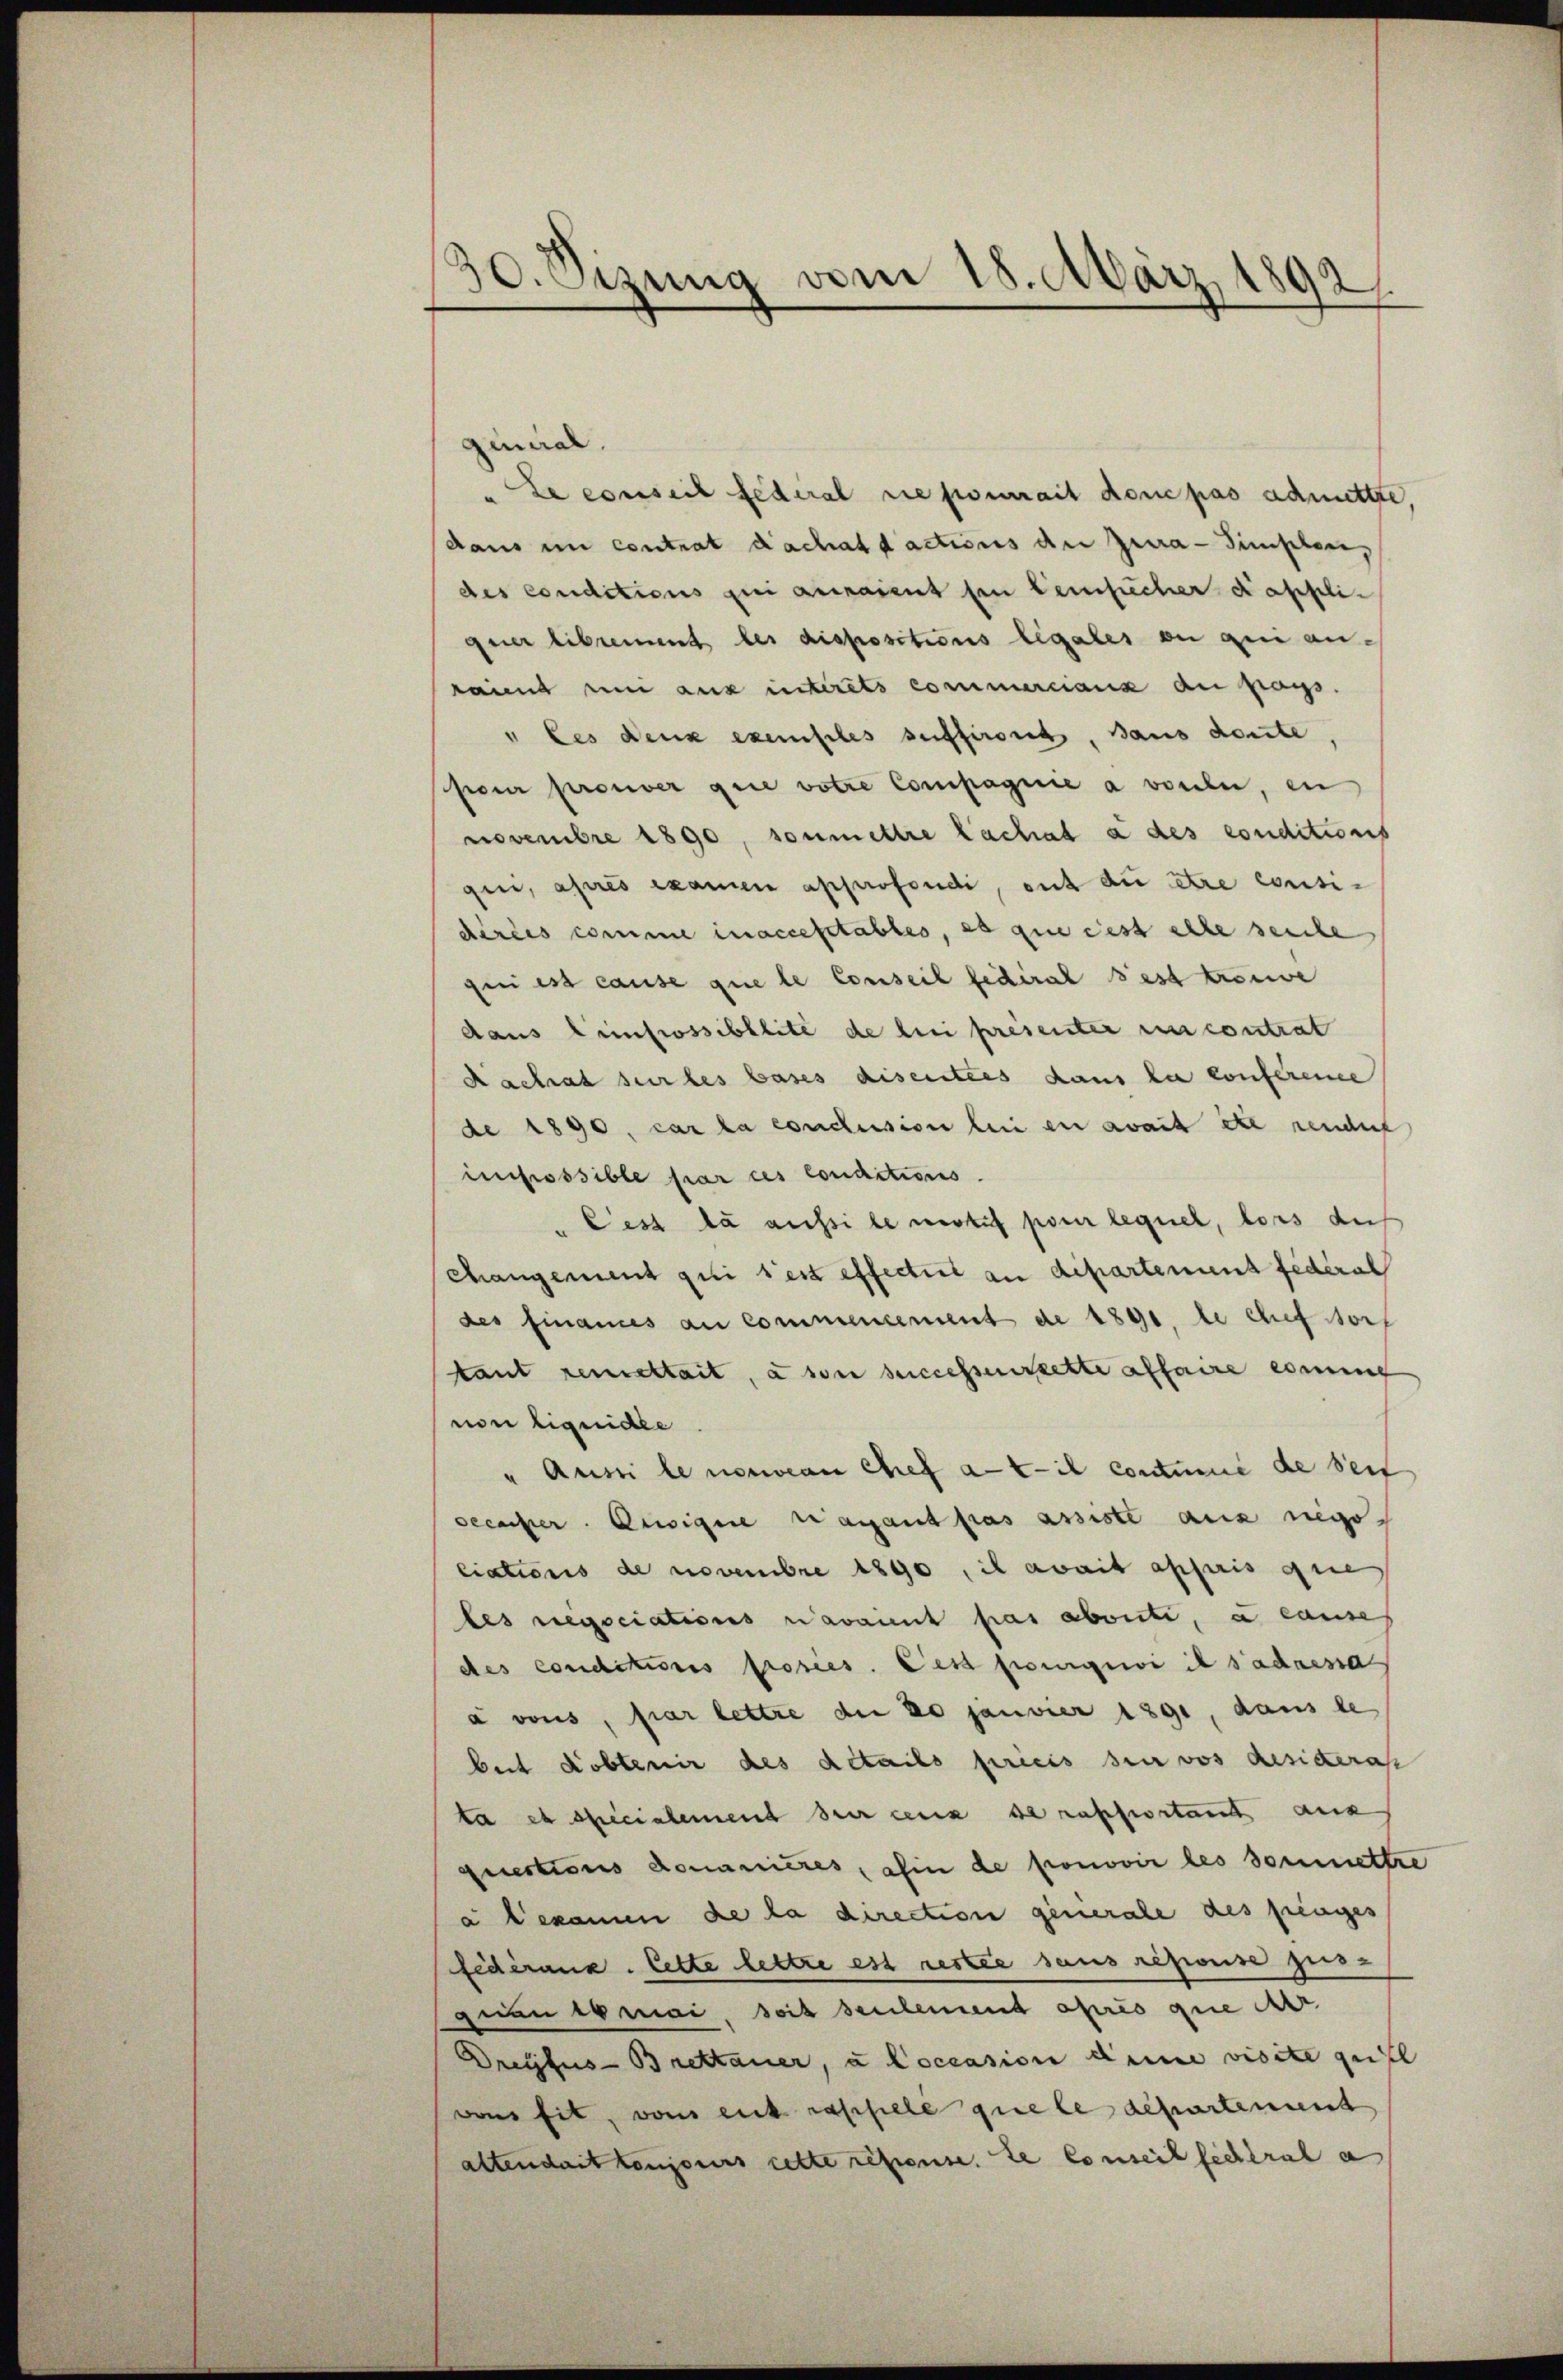
s
30. Sizung vom 18. März 1892.

quncial.
Le conseil fédéral nie pourrait donc pas admitte,
daus in contrat dachatdactions der Jura - Simpler,
des conditions qui auraient fin leischer dasfeli-
quer librennt les dispositions legales ou qui antaient en aus interets commerciaux au pays.
" les deux exemples suffirsich, Baus deute,
Pour prouver que votire Compagnie a vorlei, en
novembre 1890, soumettre lachat a des conditions
gen, après examen approfondi, ent die être consi-
dirées comme in accesstables, es que cest alle seite
qui est cause que le Conseil fédéral dest trouve
daus Einfrossibllité de bei présenter en contrat
Rachat sur les bases disenties dans la conferene
de 1890, cas la conclusion bei en avait etc sendent
impossible par ces conditions
Cest da aussile notif pour lequel, lors aus
changement qui s’est effectirt an departement Federal
des Finances an commencement de 1891, le chef dorf
tant remettait, à son successenerzette affaire eint
non liquidee
" Aussi le nouveau tief antit continie de Seit
decasser Ansignie vacant pas assiste aus negociations de novembre 1890, il avait appris gie
les negociations avaient pas abwerte, e cause
des conditoris Prosies. Des fourgewi il s’adressa
a vons, fiar lettre an 20 janvier 1891, dans le
beit debtenir des details preis sei vos Resideras
ta es specialement der ceux de rapportant aus
quections domanières, hin de pronovir les soumettre
a bekamen de la direction generale des prenges
fédéranz. Cette lettre est restie sans repouse zus
gnau es mai, soit seulemend après que der
Dreyfus-Brettauer, à loccasion deine visite quill
von sit, von entrassiele que le departement
altendait toujours cette response de Conseil sichtrat a